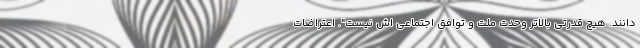
دانند. هیچ قدرتی بالاتر وحدت ملت و توافق اجتماعی اش نیست". اعتراضات